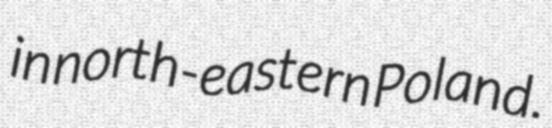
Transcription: in north-eastern Poland.